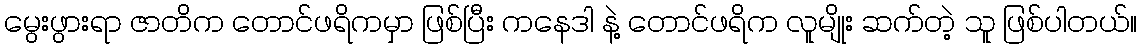
မွေးဖွားရာ ဇာတိက တောင်ဖရိကမှာ ဖြစ်ပြီး ကနေဒါ နဲ့ တောင်ဖရိက လူမျိုး ဆက်တဲ့ သူ ဖြစ်ပါတယ်။